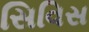
સિવિસ